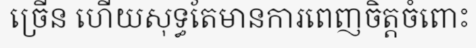
ច្រើន ហើយសុទ្ធតែមានការពេញចិត្តចំពោះ